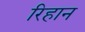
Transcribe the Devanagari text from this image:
रिहान